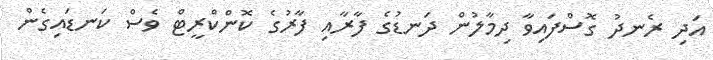
އަދި ރެނދު ގޮސްފައިވާ ދިމާލުން ދަނޑުގެ ފާރާއި ފާރުގެ ކޮންކްރީޓް ވެސް ކަނޑައިގެން